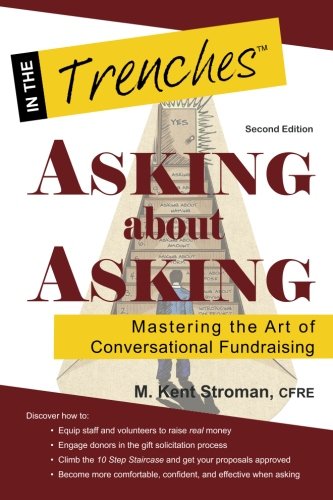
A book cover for Asking about Asking: Mastering the Art of Conversational Fundraising; M. Kent Stroman; Politics & Social Sciences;